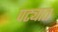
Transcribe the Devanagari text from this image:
पट्यात